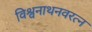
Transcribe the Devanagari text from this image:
विश्वनाथनवरत्न